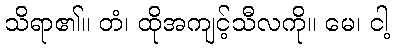
သိရာ၏။ တံ၊ ထိုအကျင့်သီလကို။ မေ၊ ငါ့